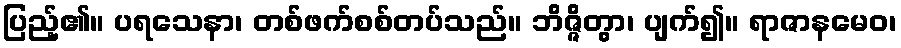
ပြည့်၏။ ပရသေနာ၊ တစ်ဖက်စစ်တပ်သည်။ ဘိဇ္ဇိတွာ၊ ပျက်၍။ ရာဇာနမေဝ၊